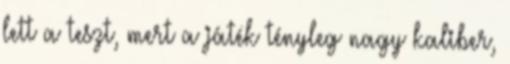
lett a teszt, mert a játék tényleg nagy kaliber,